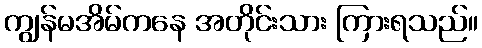
ကျွန်မအိမ်ကနေ အတိုင်းသား ကြားရသည်။